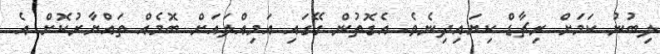
ލިބުނު ކަމަށް ރިޗާޑް ކިޔައިދިނެވެ. އެގޮތުން ގޭގައި އަމިއްލައަށް ބޮމެއް ތައްޔާރުކޮށް އެ